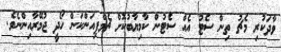
ވާދަކުރި މެޗު ތިން ސެޓު އެއް ސެޓުން ކާމިޔާބުކޮށް ޗެމްޕިއަންކަން ހޯދީ ޖުމޭރާއިންނެވެ.